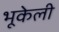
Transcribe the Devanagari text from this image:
भूकेली